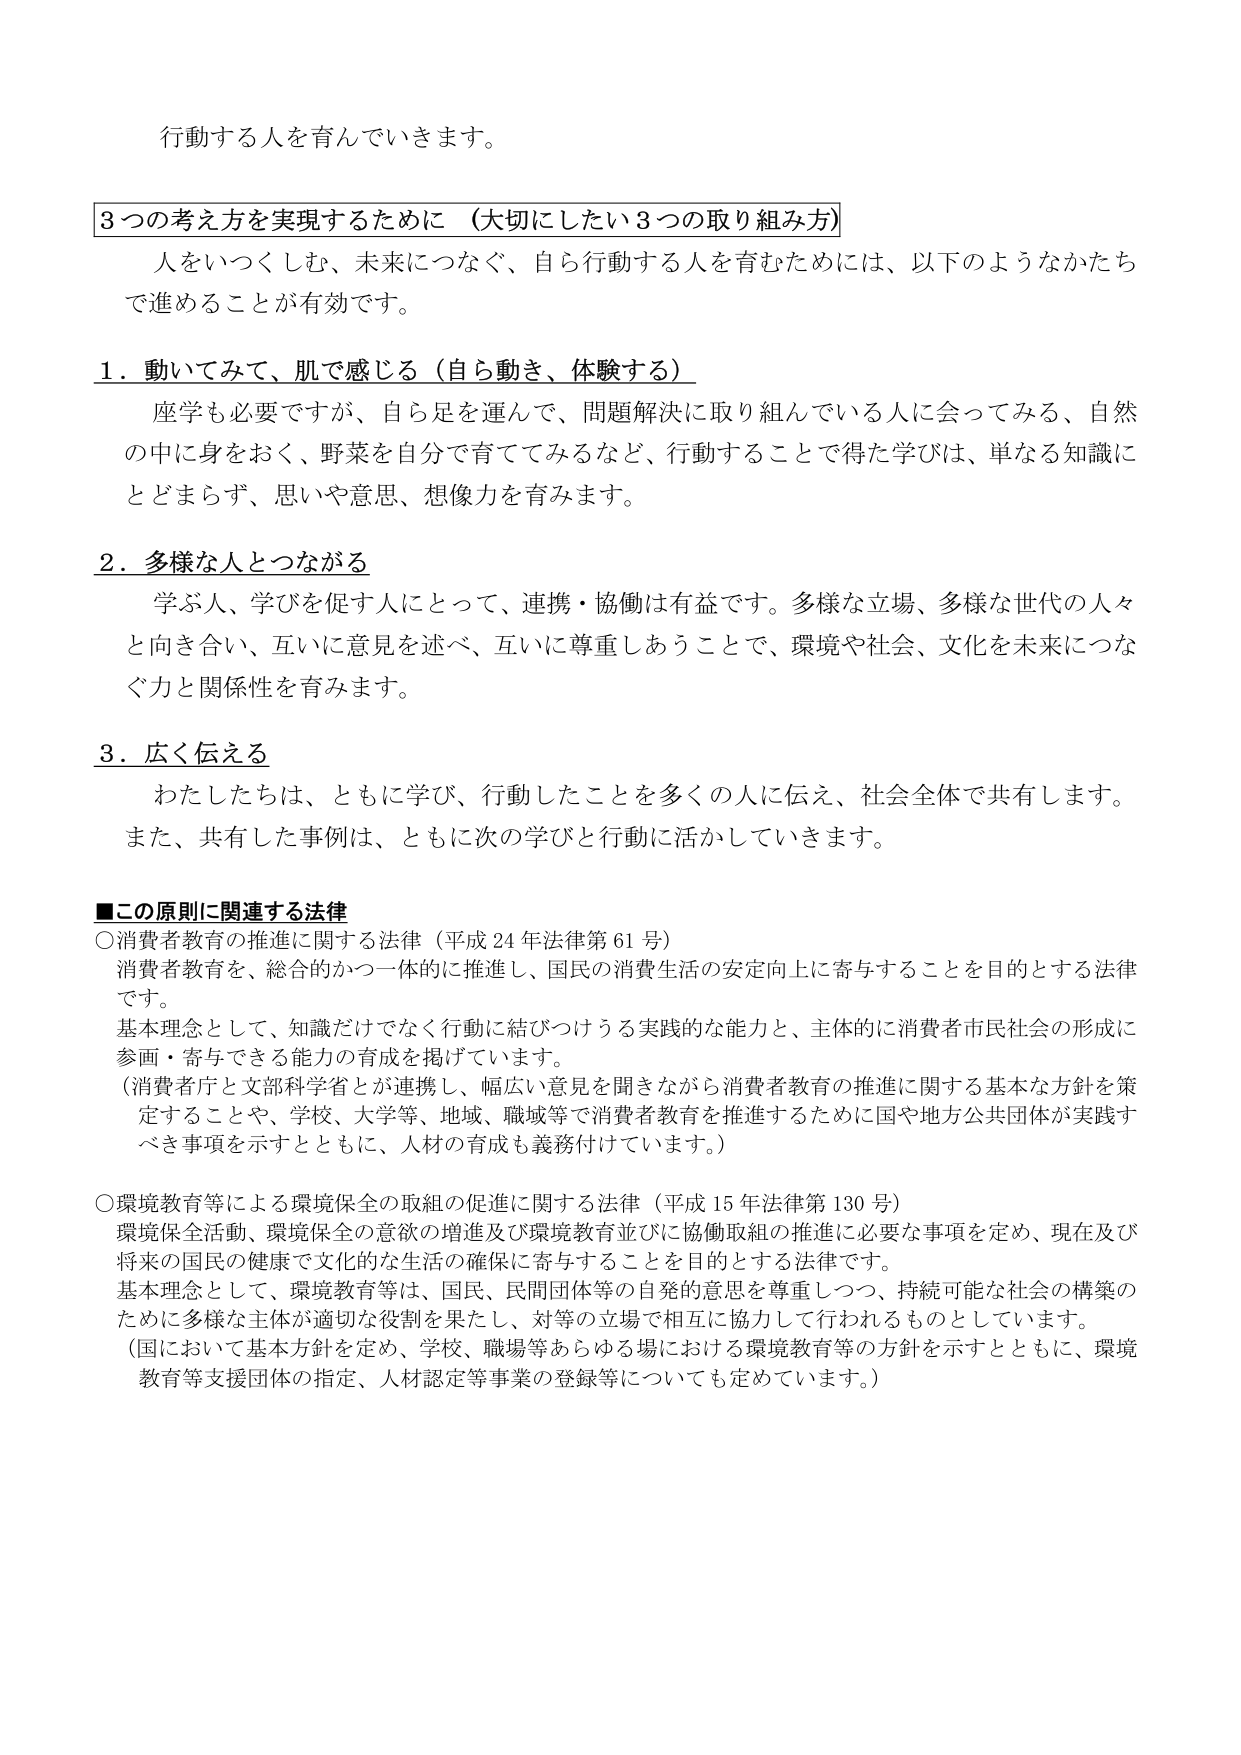
行動する人を育んでいきます。

3つの考え方を実現するために（大切にしたい3つの取り組み方）
人をいつくしむ、未来につなぐ、自ら行動する人を育むためには、以下のようなかたちで進めることが有効です。

1．動いてみて、肌で感じる（自ら動き、体験する）
座学も必要ですが、自ら足を運んで、問題解決に取り組んでいる人に会ってみる、自然の中に身をおく、野菜を自分で育ててみるなど、行動することで得た学びは、単なる知識にとどまらず、思いや意思、想像力を育みます。

2．多様な人とつながる
学ぶ人、学びを促す人にとって、連携・協働は有益です。多様な立場、多様な世代の人々と向き合い、互いに意見を述べ、互いに尊重しあうことで、環境や社会、文化を未来につなぐ力と関係性を育みます。

3．広く伝える
わたしたちは、ともに学び、行動したことを多くの人に伝え、社会全体で共有します。また、共有した事例は、ともに次の学びと行動に活かしていきます。

■この原則に関連する法律
○消費者教育の推進に関する法律（平成24年法律第61号）
消費者教育を、総合的かつ一体的に推進し、国民の消費生活の安定向上に寄与することを目的とする法律です。
基本理念として、知識だけでなく行動に結びつける実践的な能力と、主体的に消費者市民社会の形成に参画・寄与できる能力の育成を掲げています。
（消費者庁と文部科学省とが連携し、幅広い意見を聞きながら消費者教育の推進に関する基本的な方針を策定することや、学校、大学等、地域、職域等で消費者教育を推進するために国や地方公共団体が実践すべき事項を示すとともに、人材の育成も義務付けています。）

○環境教育等による環境保全の取組の促進に関する法律（平成15年法律第130号）
環境保全活動、環境保全の意欲の増進及び環境教育並びに協働取組の推進に必要な事項を定め、現在及び将来の国民の健康で文化的な生活の確保に寄与することを目的とする法律です。
基本理念として、環境教育等は、国民、民間団体等の自発的意思を尊重しつつ、持続可能な社会の構築のために多様な主体が適切な役割を果たし、対等の立場で相互に協力して行われるものとしています。
（国において基本方針を定め、学校、職場等あらゆる場における環境教育等の方針を示すとともに、環境教育等支援団体の指定、人材認定等事業の登録等についても定めています。）